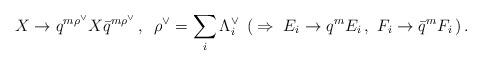
\begin{align*}X\to q^{m{\rho}^{\vee}}X{\bar q}^{m{\rho}^{\vee}}\,,\,\,\,{\rho}^{\vee}=\sum_i {\Lambda}^{\vee}_i\,\,\,(\,\Rightarrow\,\,E_i\to q^mE_i\,,\,\,F_i\to {\bar q}^mF_i\,)\,.\end{align*}